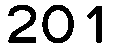
201